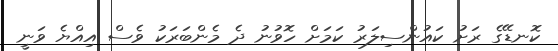
ކޮނޑޭގެ ރަށު ކައުންސިލަރު ކަމަށް ހޮވުނު ދެ މެންބަރަކު ވެސް އިއްޔެ ވަނީ